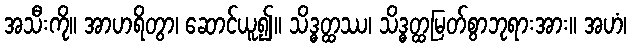
အသီးကို။ အာဟရိတွာ၊ ဆောင်ယူ၍။ သိဒ္ဓတ္ထဿ၊ သိဒ္ဓတ္ထမြတ်စွာဘုရားအား။ အဟံ၊